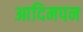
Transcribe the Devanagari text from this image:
आदिमपन